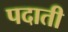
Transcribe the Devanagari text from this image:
पदाती